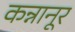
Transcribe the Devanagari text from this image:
कन्नानूर